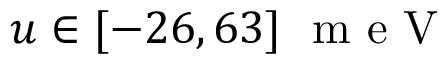
u \in [ - 2 6 , 6 3 ] ~ \mathrm { ~ m ~ e ~ V ~ }